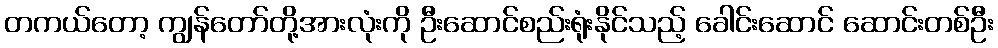
တကယ်တော့ ကျွန်တော်တို့အားလုံးကို ဦးဆောင်စည်းရုံးနိုင်သည့် ခေါင်းဆောင် ဆောင်းတစ်ဦး